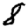
Digit: 8